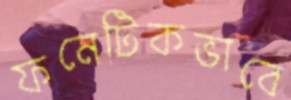
ফনেটিকভাবে